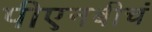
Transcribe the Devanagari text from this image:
पीएनबीचं